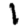
Digit: 1